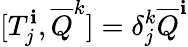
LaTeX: [T_{j}^{\mathbf{i}},{\overline{{{Q}}}}^{k}]=\delta_{j}^{k}{\overline{{{Q}}}}^{\mathbf{i}}